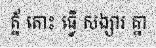
ត្ន័ តោះ ធ្វើ សង្សារ គ្នា